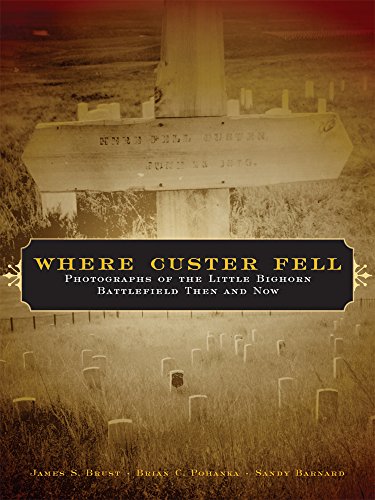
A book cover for Where Custer Fell: Photographs of the Little Bighorn Battlefield Then and Now; James S. Brust; Arts & Photography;